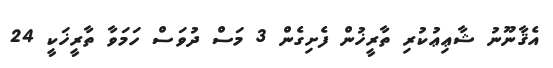
އެޤާނޫނު ޝާޢިޢުކުރި ތާރީޚުން ފެށިގެން 3 މަސް ދުވަސް ހަމަވާ ތާރީޚަކީ 24